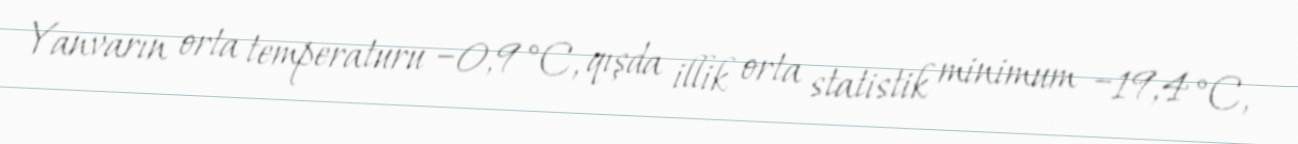
Yanvarın orta temperaturu −0,9 °C, qışda illik orta statistik minimum −19,4 °C,